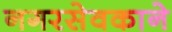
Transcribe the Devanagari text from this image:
नगरसेवकाने